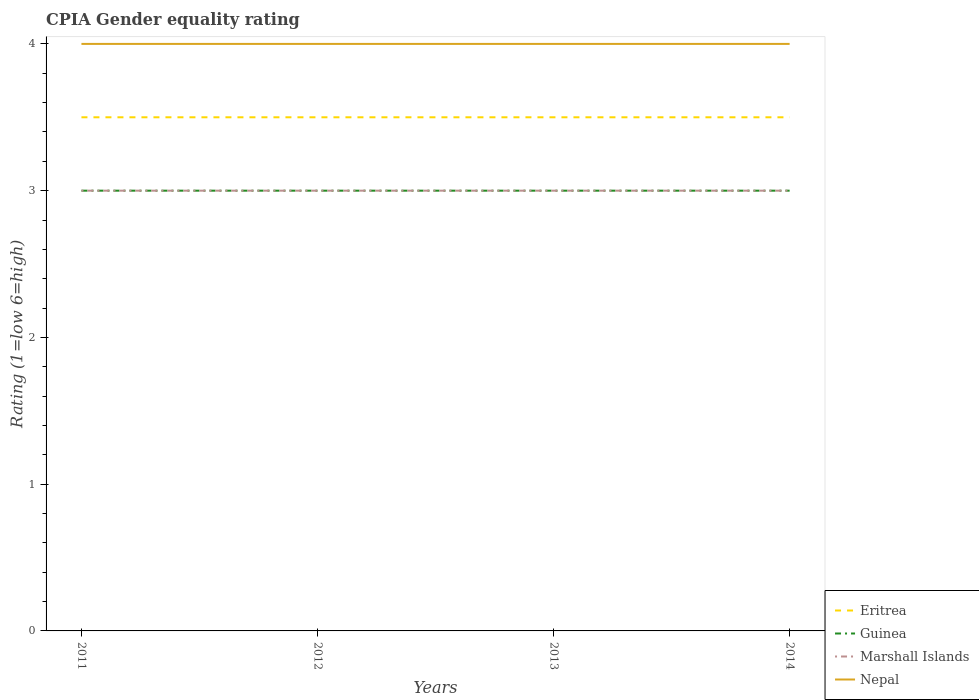
| Years | Eritrea | Guinea | Marshall Islands | Nepal |
 | --- | --- | --- | --- | --- |
 | 2011 | 3.5 | 3 | 3 | 4 |
 | 2012 | 3.5 | 3 | 3 | 4 |
 | 2013 | 3.5 | 3 | 3 | 4 |
 | 2014 | 3.5 | 3 | 3 | 4 |